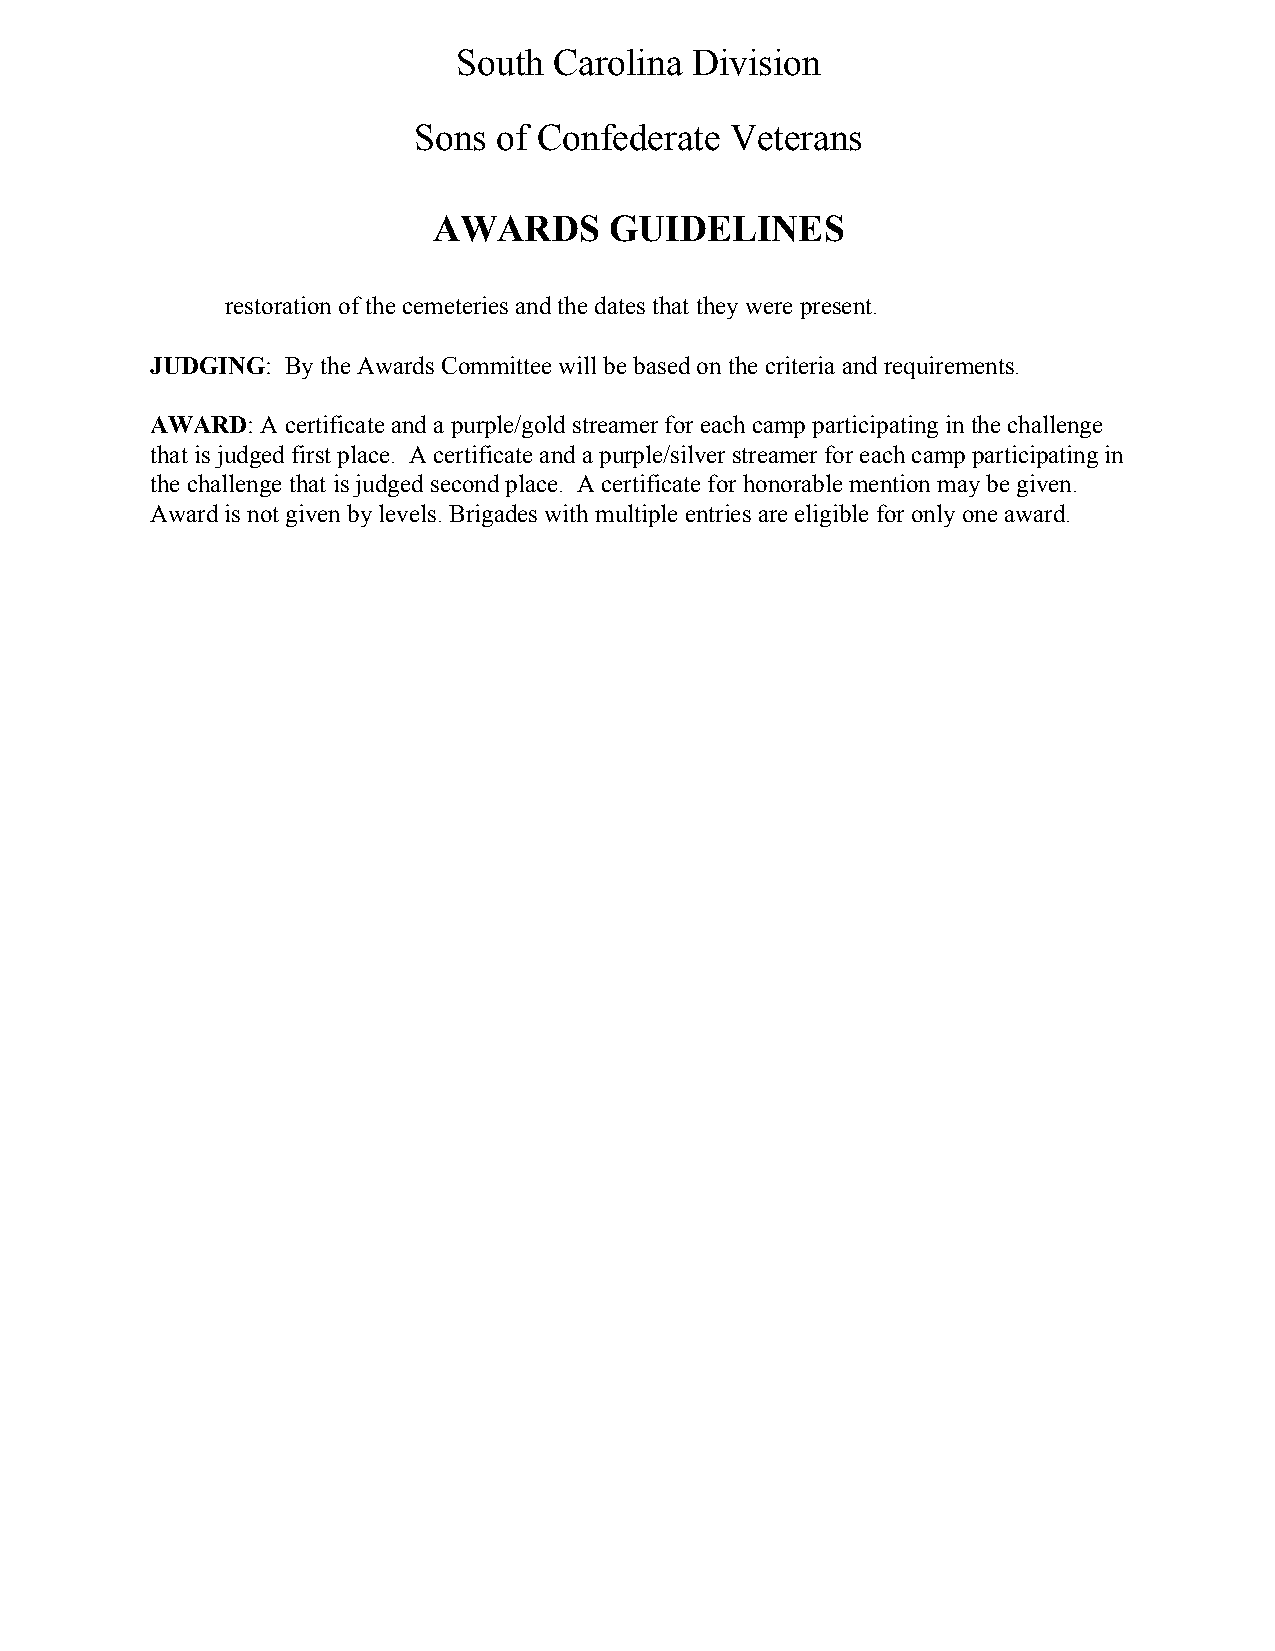
South  Carolina Division
 Sons  of Confederate Veterans
 AWARDS     GUIDELINES
 restoration of the cemeteries and the dates that they were present.
 JUDGING: By the Awards Committee will be based on the criteria and requirements.
 ​
 AWARD: A certificate and a purple/gold streamer for each camp participating in the challenge
 ​
 that is judged first place. A certificate and a purple/silver streamer for each camp participating in
 the challenge that is judged second place. A certificate for honorable mention may be given.
 Award is not given by levels. Brigades with multiple entries are eligible for only one award.